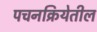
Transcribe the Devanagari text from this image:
पचनक्रियेतील